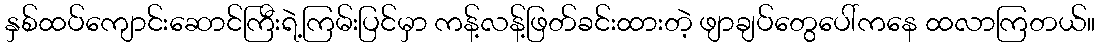
နှစ်ထပ်ကျောင်းဆောင်ကြီးရဲ့ကြမ်းပြင်မှာ ကန့်လန့်ဖြတ်ခင်းထားတဲ့ ဖျာချပ်တွေပေါ်ကနေ ထလာကြတယ်။